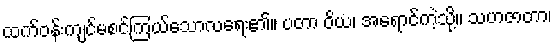
ထက်ဝန်းကျင်မစင်ကြယ်သောလရေး၏။ ပတာ ဝိယ၊ အရောင်ကဲ့သို့။ သဟဇာတာ၊